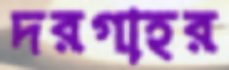
দরগাহর